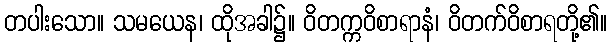
တပါးသော။ သမယေန၊ ထိုအခါ၌။ ဝိတက္ကဝိစာရာနံ၊ ဝိတက်ဝိစာရတို့၏။